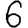
Digit: 6